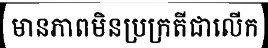
មានភាពមិនប្រក្រតីជាលើក